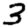
Digit: 3